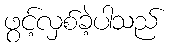
ဖွင့်လှစ်ခဲ့ပါသည်